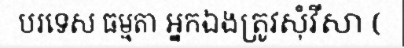
បរទេស ធម្មតា អ្នកឯងត្រូវសុំវីសា (